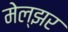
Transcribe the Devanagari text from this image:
मेल्झर